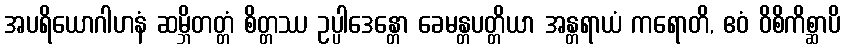
အပရိယောဂါဟနံ ဆမ္ဘိတတ္တံ စိတ္တဿ ဥပ္ပါဒေန္တော ခေမန္တပတ္တိယာ အန္တရာယံ ကရောတိ, ဧဝံ ဝိစိကိစ္ဆာပိ